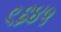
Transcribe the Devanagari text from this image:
९६४५